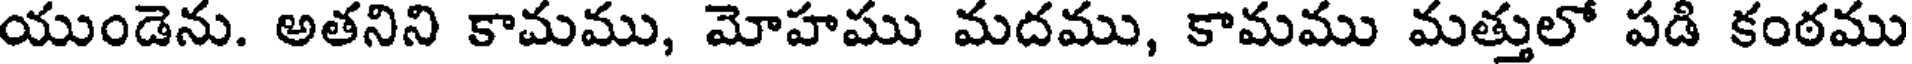
యుండెను. అతనిని కామము, మోహము మదము, కామము మత్తులో పడి కంఠము